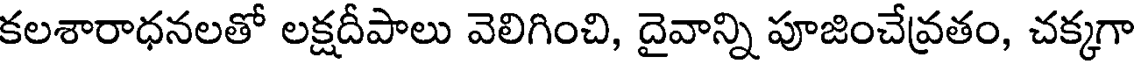
కలశారాధనలతో లక్షదీపాలు వెలిగించి, దైవాన్ని పూజించేవ్రతం, చక్కగా